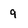
Character: 9